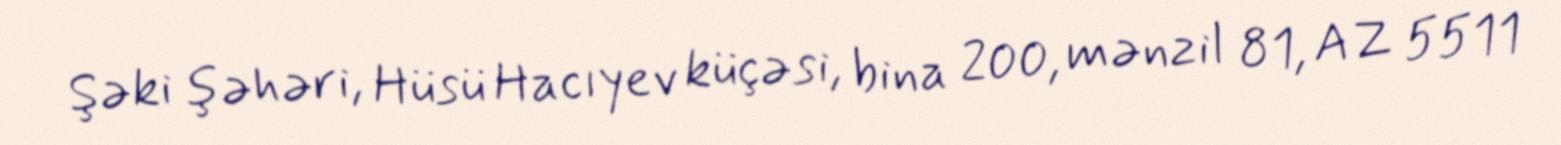
Şəki şəhəri, Hüsü Hacıyev küçəsi, bina 200, mənzil 81, AZ 5511